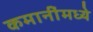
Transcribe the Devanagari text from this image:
कमानींमध्ये